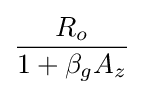
{\frac {R_{o}}{1+\beta _{g}A_{z}}}